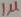
Text: 1µ